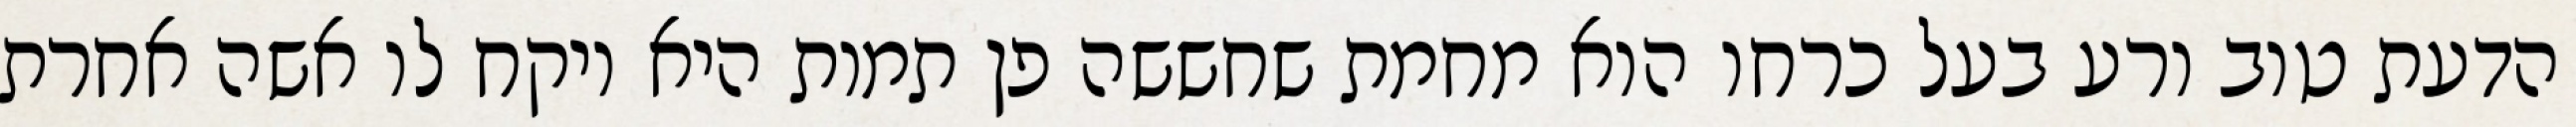
הדעת טוב ורע בעל כרחו הוא מחמת שחששה פן תמות היא ויקח לו אשה אחרת